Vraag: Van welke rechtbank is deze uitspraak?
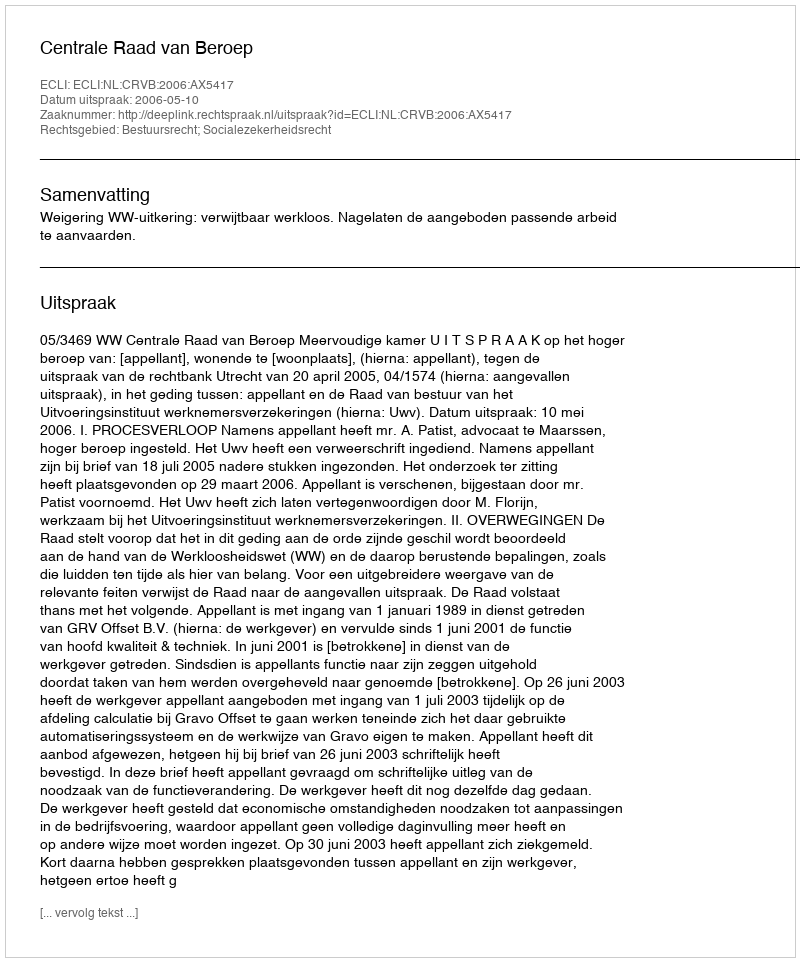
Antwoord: Centrale Raad van Beroep